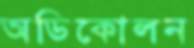
অডিকোলন